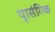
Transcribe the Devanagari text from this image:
पृासंगिक